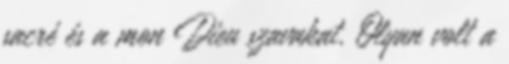
sacré és a mon Dieu szavakat. Olyan volt a